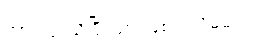
အားလုံးသိပြီးသားဖြစ်ပါလိမ့်မယ်။